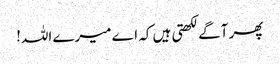
پھر آگے لکھتی ہیں کہ اے میرے اللہ!